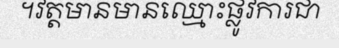
។វត្តមានមានឈ្មោះផ្លូវការជា